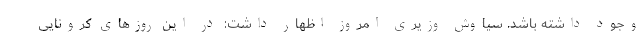
وجود داشته باشد. سیاوش وزیری امروز اظهار داشت: در این روزهای کرونایی